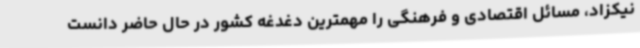
نیکزاد، مسائل اقتصادی و فرهنگی را مهمترین دغدغه کشور در حال حاضر دانست